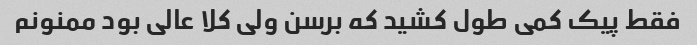
فقط پیک کمی طول کشید که برسن ولی کلا عالی بود ممنونم